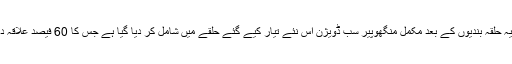
مگر حالیہ حلقہ بندیوں کے بعد مکمل منگھوپیر سب ڈویژن اس نئے تیار کیے گئے حلقے میں شامل کر دیا گیا ہے جس کا 60 فیصد علاقہ دیہی ہے۔